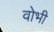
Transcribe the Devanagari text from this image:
वोभी